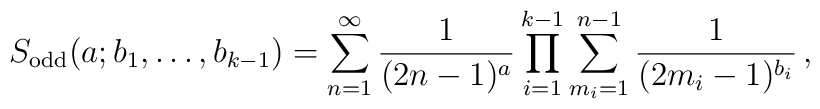
S_{\rm odd}(a;b_1,\ldots,b_{k-1})=\sum_{n=1}^\infty\frac{1}{(2n-1)^a}\prod_{i=1}^{k-1}\sum_{m_i=1}^{n-1}\frac{1}{(2m_i-1)^{b_i}}\,,